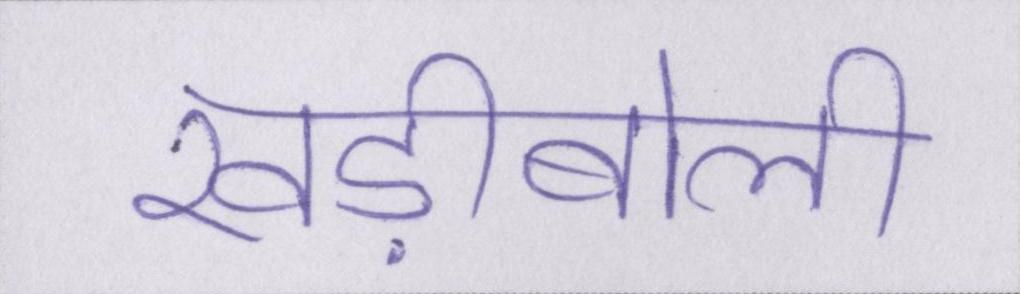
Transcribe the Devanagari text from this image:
खड़ीबोली